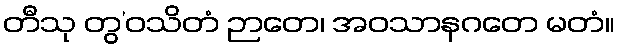
တီသု တွ’ဝသိတံ ဉာတေ၊ အဝသာနဂတေ မတံ။